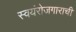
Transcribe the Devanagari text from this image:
स्वयंरोजगाराची